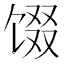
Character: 𬳂